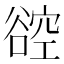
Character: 谾